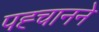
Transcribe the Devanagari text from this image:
पह्चानने